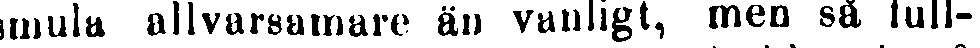
mula allvarsamare än vanligt, men så tull-